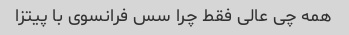
همه چی عالی فقط چرا سس فرانسوی با پیتزا